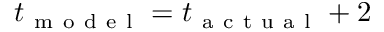
t _ { \mathrm { ~ m ~ o ~ d ~ e ~ l ~ } } = t _ { \mathrm { ~ a ~ c ~ t ~ u ~ a ~ l ~ } } + 2